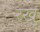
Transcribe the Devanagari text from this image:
रखु